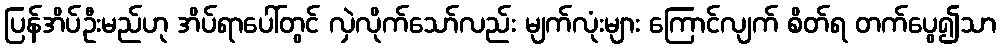
ပြန်အိပ်ဦးမည်ဟု အိပ်ရာပေါ်တွင် လှဲလိုက်သော်လည်း မျက်လုံးများ ကြောင်လျက် စိတ်ရ တက်ပွေ၍သာ